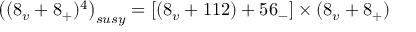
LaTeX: \left( ( 8 _ { v } + 8 _ { + } ) ^ { 4 } \right) _ { s u s y } = \left[ \left( 8 _ { v } + 1 1 2 \right) + 5 6 _ { - } \right] \times ( 8 _ { v } + 8 _ { + } )